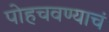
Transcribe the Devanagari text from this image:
पोहचवण्याचं